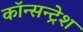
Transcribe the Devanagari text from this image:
कॉन्सन्ट्रेश